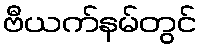
ဗီယက်နမ်တွင်